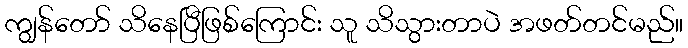
ကျွန်တော် သိနေပြီဖြစ်ကြောင်း သူ သိသွားတာပဲ အဖတ်တင်မည်။